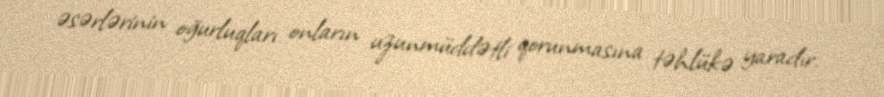
əsərlərinin oğurluqları onların uzunmüddətli qorunmasına təhlükə yaradır.